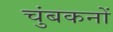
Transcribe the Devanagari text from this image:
चुंबकनों